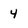
Character: 4